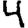
Digit: 4